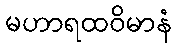
မဟာရထဝိမာနံ